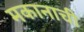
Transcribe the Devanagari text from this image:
मकानाची